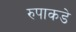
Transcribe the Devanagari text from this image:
रुपाकडे